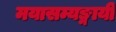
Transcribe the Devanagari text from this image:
मयासम्यङ्मायी